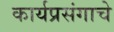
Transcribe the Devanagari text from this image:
कार्यप्रसंगाचे